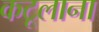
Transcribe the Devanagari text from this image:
कटूलाना